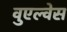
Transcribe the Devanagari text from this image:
वुएल्वेस